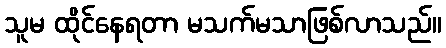
သူမ ထိုင်နေရတာ မသက်မသာဖြစ်လာသည်။